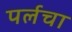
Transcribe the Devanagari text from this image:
पर्लचा